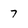
Character: 7